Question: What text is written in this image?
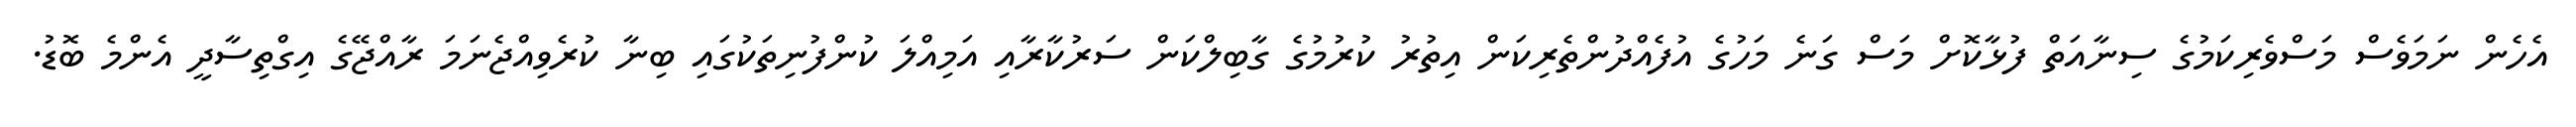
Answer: އެހެން ނަމަވެސް މަސްވެރިކަމުގެ ސިނާއަތް ފުޅާކޮށް މަސް ގަނެ މަހުގެ އުފެއްދުންތެރިކަން އިތުރު ކުރުމުގެ ގާބިލްކަން ސަރުކާރާއި އަމިއްލަ ކުންފުނިތަކުގައި ބިނާ ކުރެވިއްޖެނަމަ ރާއްޖޭގެ އިގްތިސާދީ އެންމެ ބޮޑު.